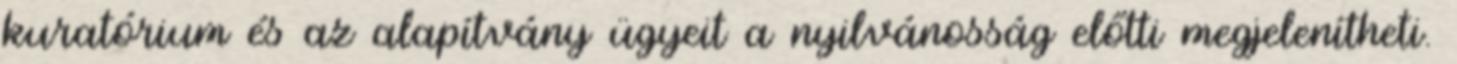
kuratórium és az alapítvány ügyeit a nyilvánosság előtti megjelenítheti.